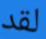
لقد